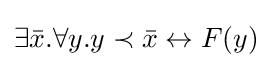
\exists {\bar {x}}.\forall y.y\prec {\bar {x}}\leftrightarrow F(y)